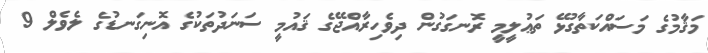
މަޤާމުގެ މަސައްކަތާގުޅޭ ތަޢުލީމީ ރޮނގަގުން ދިވެހިރާއްޖޭގެ ޤައުމީ ސަނަދުތަކުގެ އޮނިގަނޑުގެ ލެވެލް 9